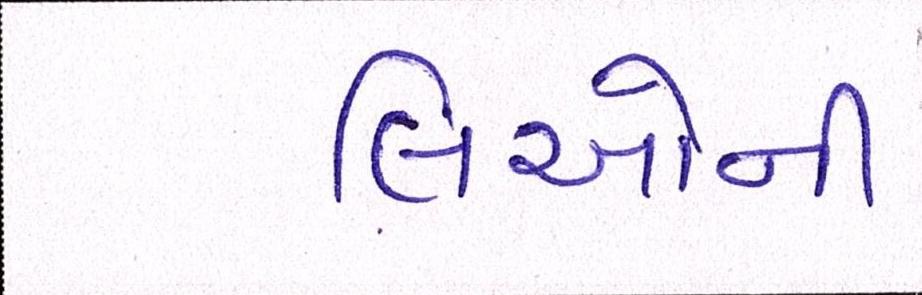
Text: લિઓની